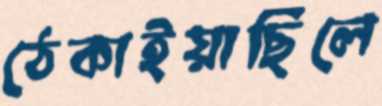
ঠেকাইয়াছিলে